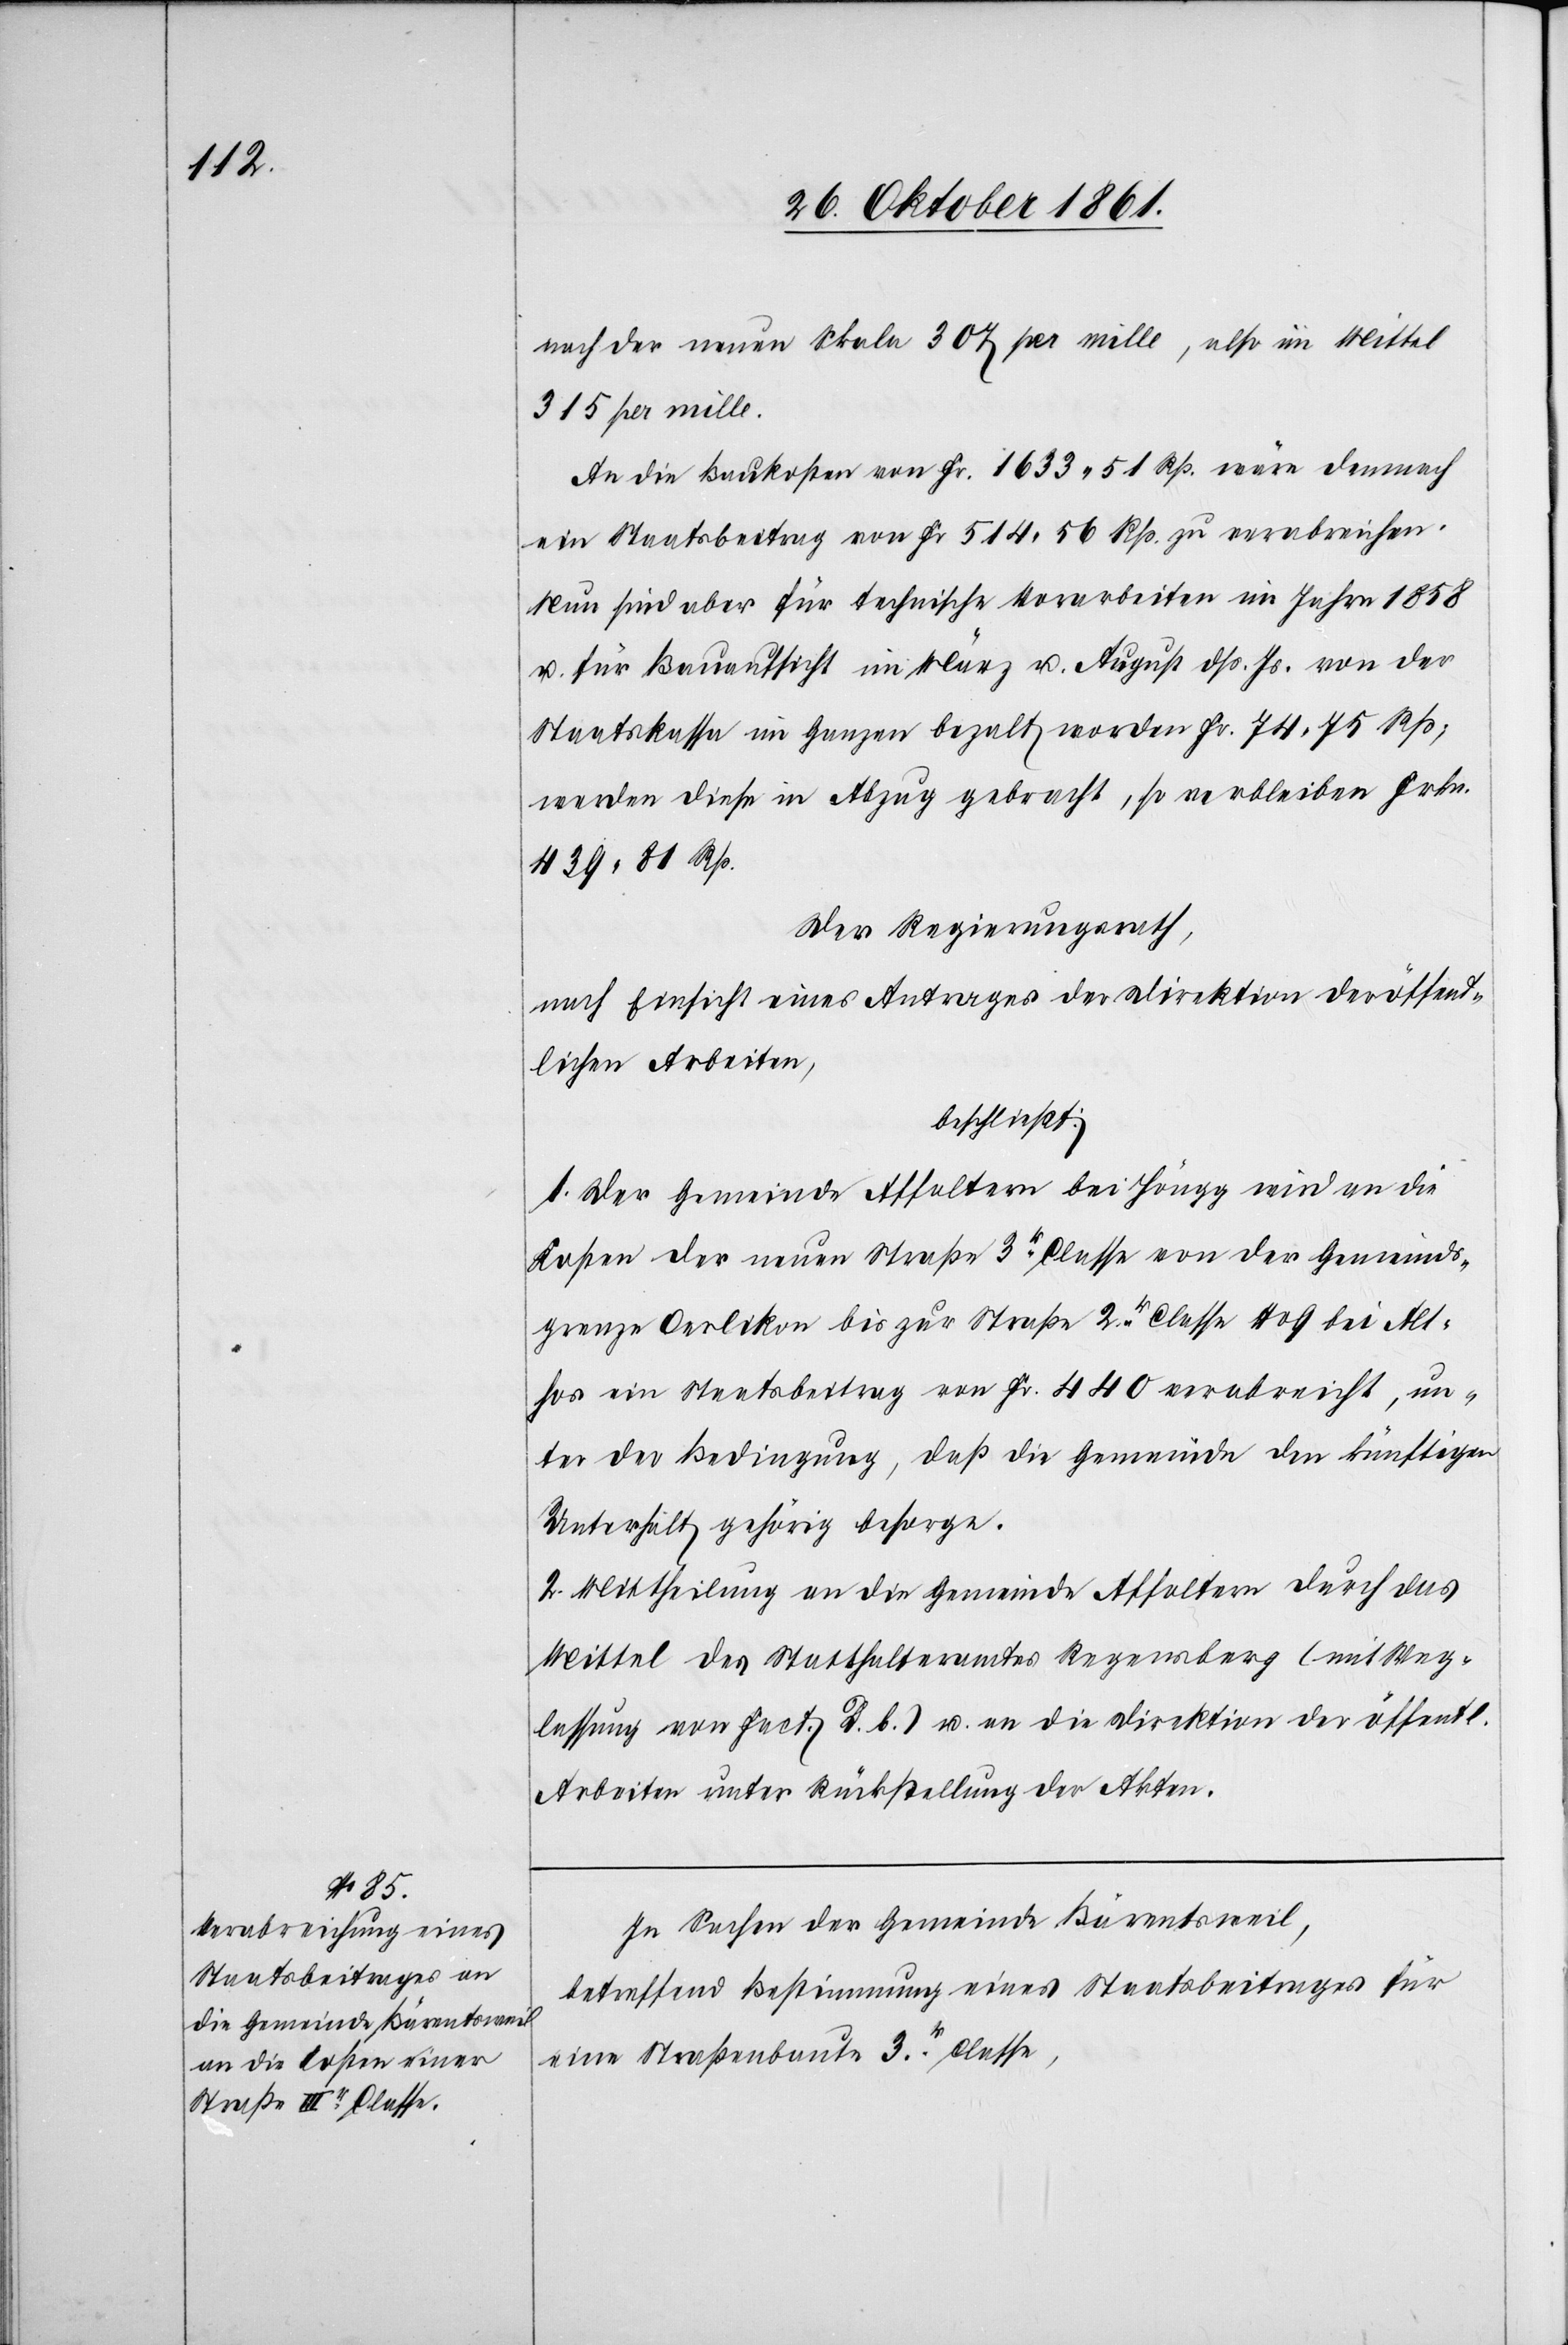
nach der neuen Skala 307 pro mille, also im Mittel
315 pro mille.
An die Baukosten von Fr. 1633. 51 Rp. wäre demnach
ein Staatsbeitrag von Fr. 514. 56 Rp. zu verabreichen.
Nun sind aber für technische Vorarbeiten im Jahre 1858
u. für Bauaufsicht im März u. August dß Js. von der
Staatskasse im Ganzen bezalt worden Fr. 741. 75 Rp;
werden diese in Abzug gebracht, so verbleiben Frkn.
439. 81 Rp.
Der Regierungsrath,
nach Einsicht eines Antrages der Direktion der öffent¬
lichen Arbeiten,
beschließt:
1. Der Gemeinde Affoltern bei Höngg wird an die
Kosten der neuen Straße 3r Classe von der Gemeinds¬
grenze Oerlikon bis zur Straße 2r Classe N° 9 bei Althos
ein Staatsbeitrag von Fr. 440 verabreicht, un¬
ter der Bedingung, daß die Gemeinde den künftigen
Unterhalt gehörig besorge.
2. Mittheilung an die Gemeinde Affoltern durch das
Mittel des Statthalteramtes Regensberg (mit Weg¬
lassung von Fact. B. b.) u. an die Direktion der öffentl.
Arbeiten unter Rückstellung der Akten.
In Sachen der Gemeinde Bärentsweil,
betreffend Bestimmung eines Staatsbeitrages für
eine Straßenbaute 3tr Classe,